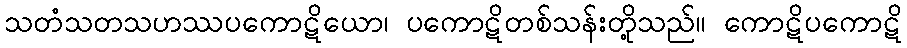
သတံသတသဟဿပကောဋိယော၊ ပကောဋိတစ်သန်းတို့သည်။ ကောဋိပကောဋိ